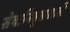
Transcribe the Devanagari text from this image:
सेवानिवृत्तांसाठी